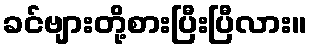
ခင်ဗျားတို့စားပြီးပြီလား။